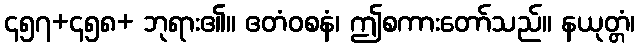
၄၅၇+၄၅၈+ ဘုရား၏။ ဧတံဝစနံ၊ ဤစကားတော်သည်။ နယုတ္တံ၊